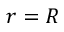
r = R